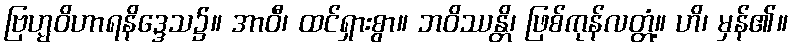
ဗြဟ္မဝိဟာရနိဒ္ဒေသ၌။ အာဝီ၊ ထင်ရှားစွာ။ ဘဝိဿန္တိ၊ ဖြစ်ကုန်လတ္တံ့။ ဟိ၊ မှန်၏။